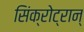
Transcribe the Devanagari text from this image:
सिंक्रोट्रान्